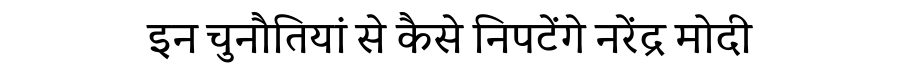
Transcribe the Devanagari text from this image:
इन चुनौतियां से कैसे निपटेंगे नरेंद्र मोदी